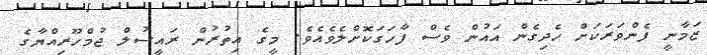
ޒަމާނީ ފެންވަރަކަށް ހެދިގެން އައުން ވެސް ފާހަގަކޮށްލެވެއެވެ. މީގެ އިތުރުން ރައީސުލް ޖުމްހޫރިއްޔާގެ